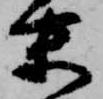
末